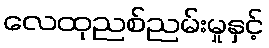
လေထုညစ်ညမ်းမှုနှင့်